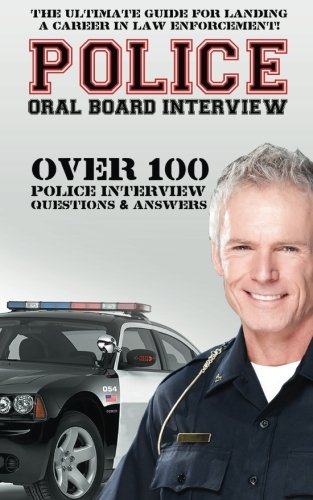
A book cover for Police Oral Board Interview: Over 100 Police Interview Questions & Answers; David Richland; Test Preparation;